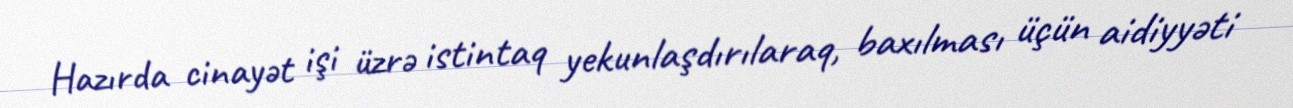
Hazırda cinayət işi üzrə istintaq yekunlaşdırılaraq, baxılması üçün aidiyyəti